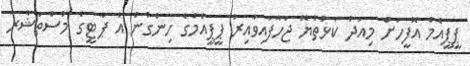
ޕީޕީއެމް އޮފީހަށް މިއަދު ކަޅުތެޔޮ ޖަހާފައިވާއިރު ޕީޕީއެމްގެ ހިންގުން އެ ޕާޓީގެ މުސްތަޝާރާ